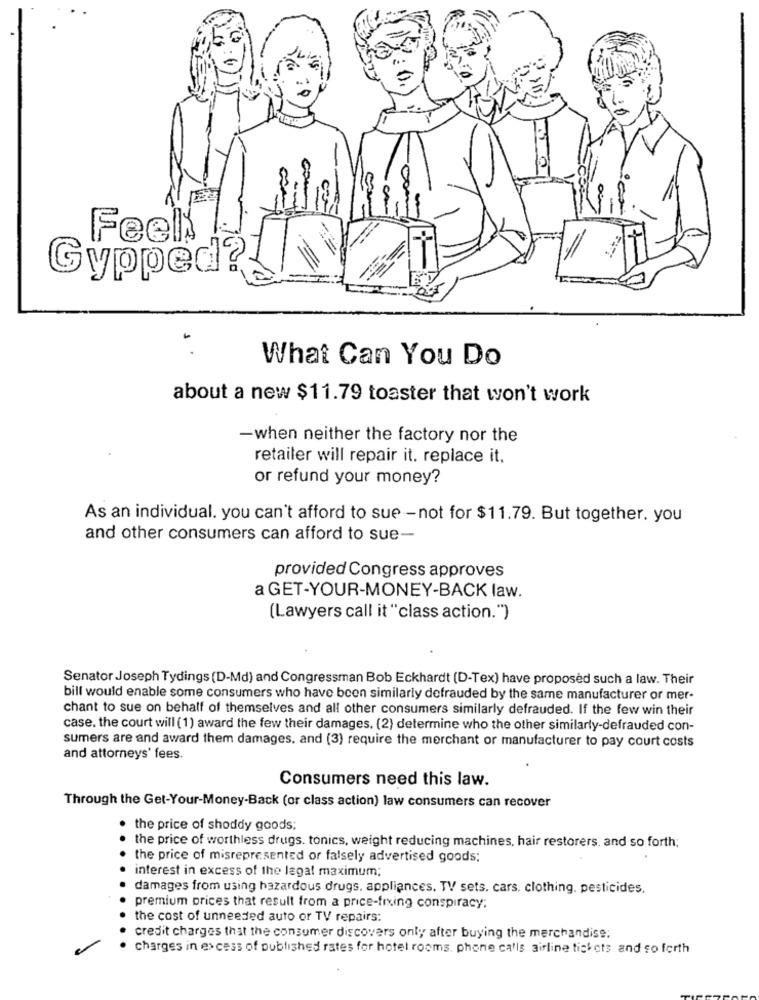
cz
Feels
Gypped
.
What Can You Do
about a new $11.79 toaster that won't work
-when neither the factory nor the
retailer will repair it. replace it.
or refund your money?
As an individual. you can't afford to sue -not for $11.79. But together. you
and other consumers can afford to sue-
provided Congress approves
a GET-YOUR-MONEY-BACK law.
(Lawyers call it "class action.")
Senator Joseph Tydings (D-Md) and Congressman Bob Eckhardt (D-Tex) have proposed such a law. Their
bill would enable some consumers who have been similarly defrauded by the same manufacturer or mer-
chant to sue on behalf of themselves and all other consumers similarly defrauded. If the few win their
case, the court will (1) award the few their damages, (2) determine who the other similarly-defrauded con-
sumers are and award them damages, and (3) require the merchant or manufacturer to pay court costs
and attorneys' fees.
Consumers need this law.
Through the Get-Your-Money-Back (or class action) law consumers can recover
the price of shoddy goods;
the price of worthless drugs. tonics, weight reducing machines, hair restorers. and so forth;
the price of misrepresented or falsely advertised goods;
interest in excess of the legal maximum;
damages from using hazardous drugs, appliances. TV sets. cars, clothing, pesticides.
premium prices that result from a price-fixing conspiracy:
the cost of unneeded auto or TV repairs:
credit charges that the consumer discovers only after buying the merchandise;
charges in excess of published rates for hotel rooms, phone calls airline tickets and so forth